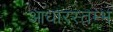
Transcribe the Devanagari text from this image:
आधारस्तम्भ